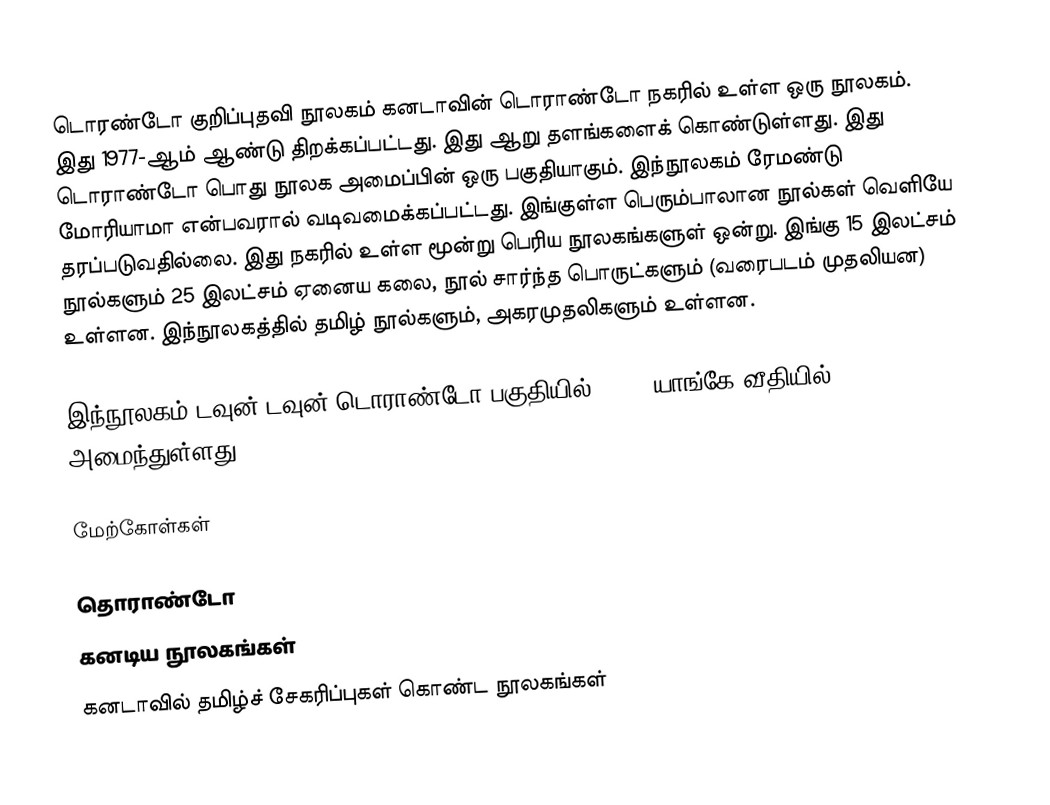
டொரண்டோ குறிப்புதவி நூலகம் கனடாவின் டொராண்டோ நகரில் உள்ள ஒரு நூலகம். இது 1977-ஆம் ஆண்டு திறக்கப்பட்டது. இது ஆறு தளங்களைக் கொண்டுள்ளது. இது டொராண்டோ பொது நூலக அமைப்பின் ஒரு பகுதியாகும். இந்நூலகம் ரேமண்டு மோரியாமா என்பவரால் வடிவமைக்கப்பட்டது. இங்குள்ள பெரும்பாலான நூல்கள் வெளியே தரப்படுவதில்லை. இது நகரில் உள்ள மூன்று பெரிய நூலகங்களுள் ஒன்று. இங்கு 15 இலட்சம் நூல்களும் 25 இலட்சம் ஏனைய கலை, நூல் சார்ந்த பொருட்களும் (வரைபடம் முதலியன) உள்ளன. இந்நூலகத்தில் தமிழ் நூல்களும், அகரமுதலிகளும் உள்ளன.

இந்நூலகம் டவுன்-டவுன் டொராண்டோ பகுதியில் (789, யாங்கே வீதியில்) அமைந்துள்ளது.

மேற்கோள்கள்

தொராண்டோ
கனடிய நூலகங்கள்
கனடாவில் தமிழ்ச் சேகரிப்புகள் கொண்ட நூலகங்கள்